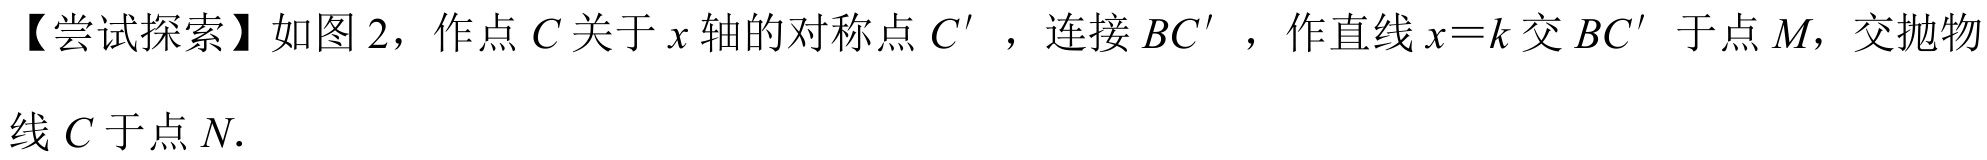
【尝试探索】如图 2，作点\(C\)关于\(x\)轴的对称点\(C'\)，连接\(BC'\)，作直线\(x = k\)交\(BC'\)于点\(M\)，交抛物线\(C\)于点\(N\).